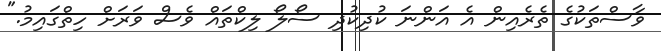
ވާސްތަކުގެ ތެރެއިން އެ އަންނަ ކުދިކުދި ސޯލޯ ލިކްތައް ވެސް ވަރަށް ހިތްގައިމު."